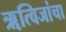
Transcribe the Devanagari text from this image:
ॠत्विजांचा